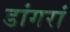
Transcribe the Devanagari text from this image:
डांगरां